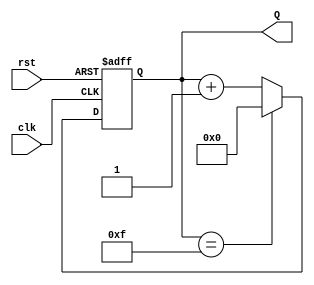
module binary_counter (
    input wire clk,     // Clock input
    input wire rst,     // Asynchronous active-high reset
    output reg [3:0] Q  // 4-bit output for the counter
);

// State transition process using always block
always @(posedge clk or posedge rst) begin
    if (rst) begin
        // Reset the counter to 0000
        Q <= 4'b0000;
    end else begin
        // Increment the counter, wrapping around at 1111 (15)
        Q <= (Q == 4'b1111) ? 4'b0000 : Q + 1;
    end
end

endmodule